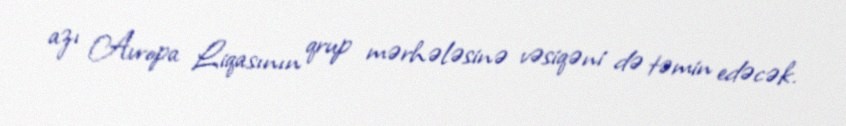
azı Avropa Liqasının qrup mərhələsinə vəsiqəni də təmin edəcək.